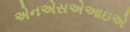
એનએસએઆઇએ